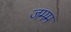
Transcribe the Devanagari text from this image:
जमम